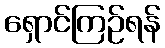
ရှောင်ကြဉ်ရန်